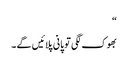
“
بھوک لگی تو پانی پلائیں گے ۔